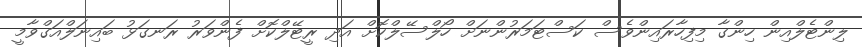
ލިންޓެލްއިން ހިންގާ މިފިހާރައިންވެސް ކަސްޓަމަރުންނަށް ހޯލްސޭލްކޮށް އަދި ރީޓޭލްކޮށް ފެންވަރު ރަނގަޅު ބައިނަލްއަގްވާމީ